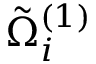
\tilde { \Omega } _ { i } ^ { ( 1 ) }